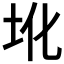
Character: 𪢼